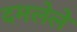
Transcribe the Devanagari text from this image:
दमलेले